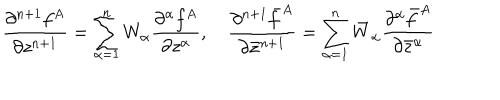
LaTeX: \frac { \partial ^ { n + 1 } f ^ { A } } { \partial z ^ { n + 1 } } = \sum _ { \alpha = 1 } ^ { n } W _ { \alpha } \frac { \partial ^ { \alpha } f ^ { A } } { \partial z ^ { \alpha } } , \quad \frac { \partial ^ { n + 1 } \bar { f } ^ { A } } { \partial \bar { z } ^ { n + 1 } } = \sum _ { \alpha = 1 } ^ { n } \bar { W } _ { \alpha } \frac { \partial ^ { \alpha } \bar { f } ^ { A } } { \partial \bar { z } ^ { \alpha } }